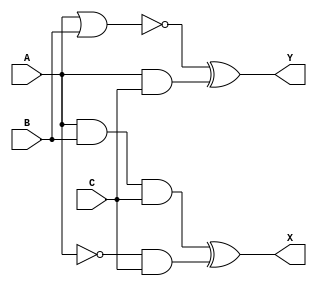
module lab08(A, B, C, X, Y);

	input A;
	input B;
	input C;
	output X;
	output Y;
	
	wire D;
	wire E;
	wire F;
	wire G;
	
	assign D=A&B&C;
	assign E=(!A)&C;
	assign F=A|B;
	assign G=A&C;
	assign X=D^E;
	assign Y=(!F)^G;
	
endmodule